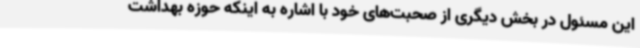
این مسئول در بخش دیگری از صحبت‌های خود با اشاره به اینکه حوزه بهداشت